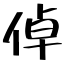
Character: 倬